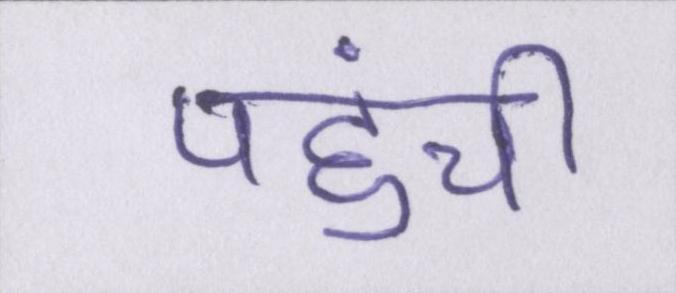
पहुंची